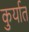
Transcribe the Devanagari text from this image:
कुर्यात